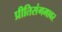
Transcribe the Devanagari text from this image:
प्रीतिसंगमावर